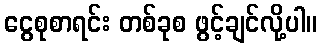
ငွေစုစာရင်း တစ်ခုစ ဖွင့်ချင်လို့ပါ။